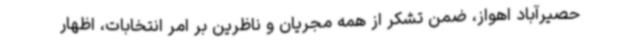
حصیرآباد اهواز، ضمن تشکر از همه مجریان و ناظرین بر امر انتخابات، اظهار